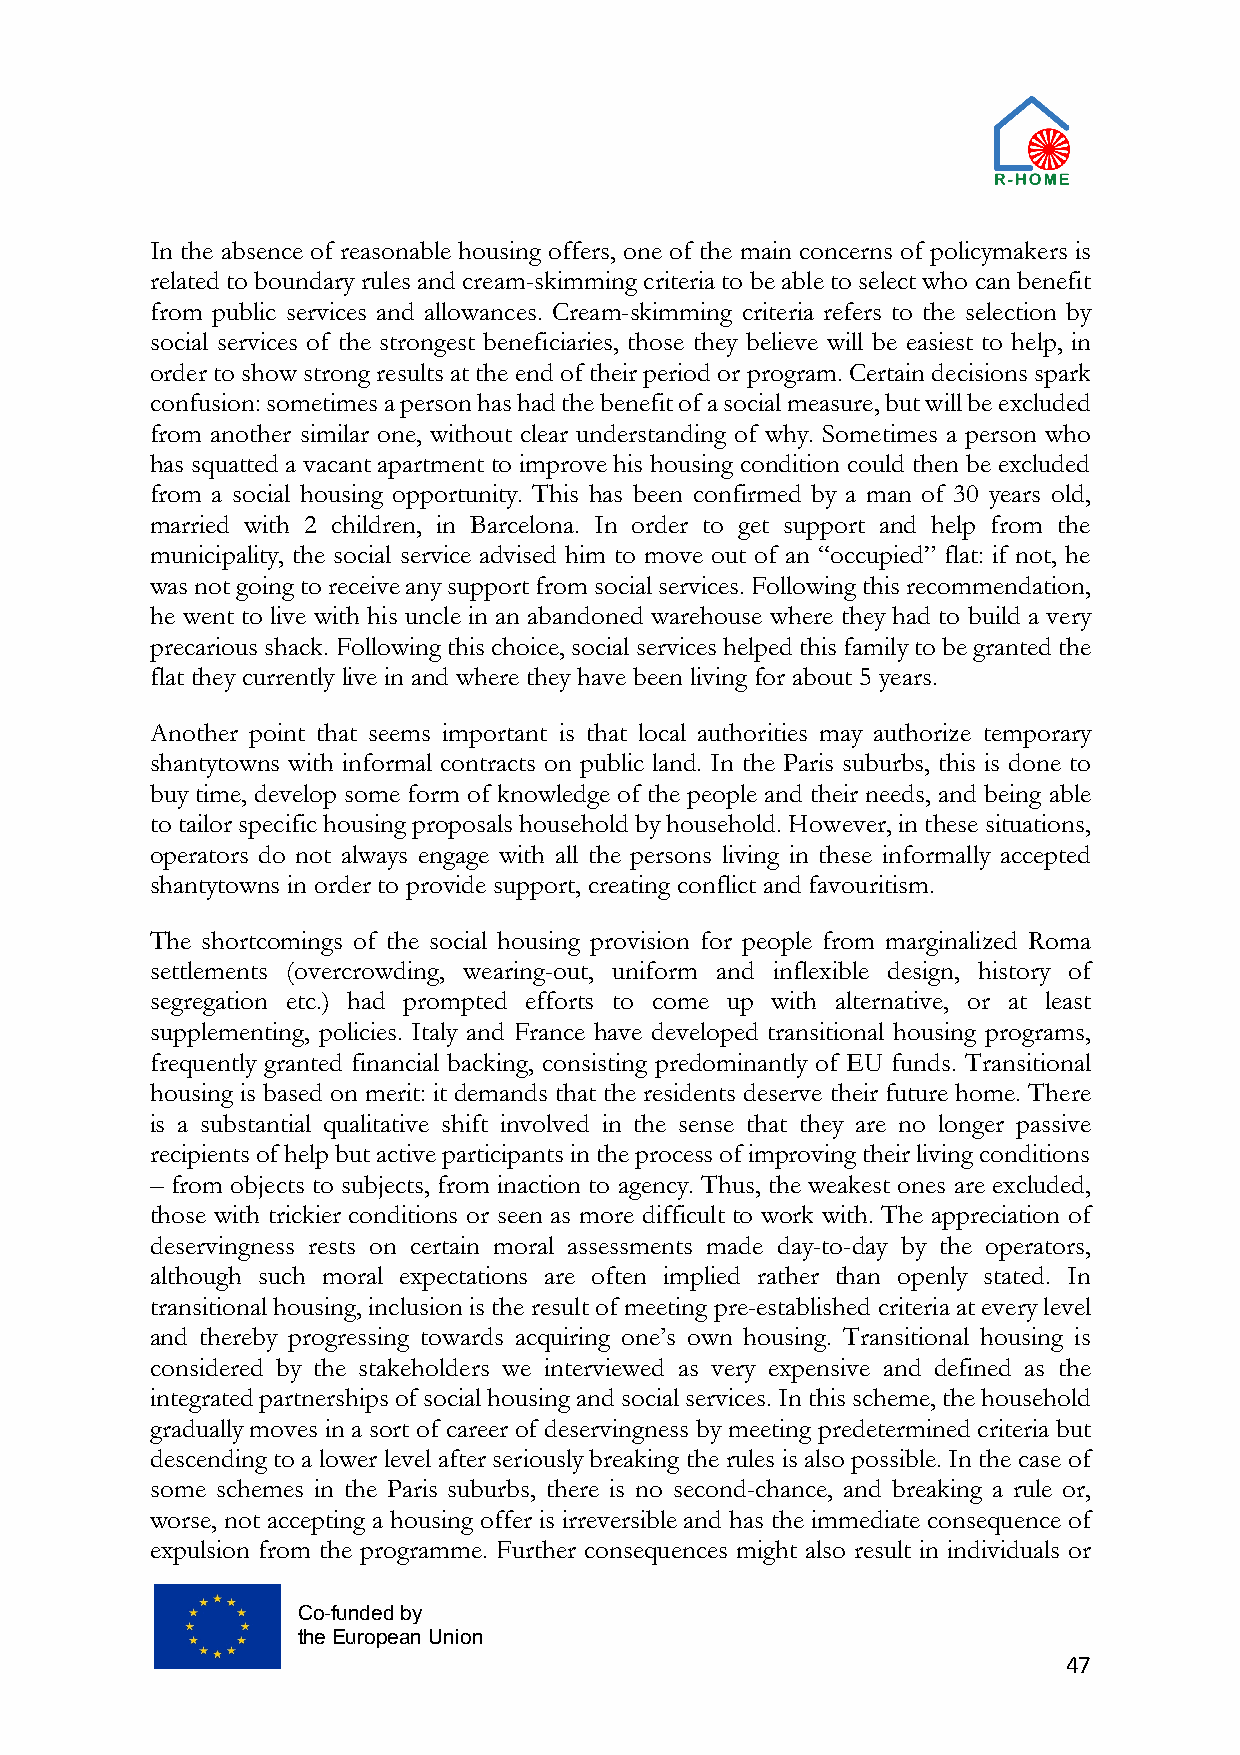
In the absence of reasonable housing offers, one of the main concerns of policymakers is
 related to boundary rules and cream-skimming criteria to be able to select who can benefit
 from public services and allowances. Cream-skimming criteria refers to the selection by
 social services of the strongest beneficiaries, those they believe will be easiest to help, in
 order to show strong results at the end of their period or program. Certain decisions spark
 confusion: sometimes a person has had the benefit of a social measure, but will be excluded
 from another similar one, without clear understanding of why. Sometimes a person who
 has squatted a vacant apartment to improve his housing condition could then be excluded
 from a social housing opportunity. This has been confirmed by a man of 30 years old,
 married with 2 children, in Barcelona. In order to get support and help from the
 municipality, the social service advised him to move out of an “occupied” flat: if not, he
 was not going to receive any support from social services. Following this recommendation,
 he went to live with his uncle in an abandoned warehouse where they had to build a very
 precarious shack. Following this choice, social services helped this family to be granted the
 flat they currently live in and where they have been living for about 5 years.
 Another point that seems important is that local authorities may authorize temporary
 shantytowns with informal contracts on public land. In the Paris suburbs, this is done to
 buy time, develop some form of knowledge of the people and their needs, and being able
 to tailor specific housing proposals household by household. However, in these situations,
 operators do not always engage with all the persons living in these informally accepted
 shantytowns in order to provide support, creating conflict and favouritism.
 The shortcomings of the social housing provision for people from marginalized Roma
 settlements (overcrowding, wearing-out, uniform and inflexible design, history of
 segregation etc.) had prompted efforts to come up with alternative, or at least
 supplementing, policies. Italy and France have developed transitional housing programs,
 frequently granted financial backing, consisting predominantly of EU funds. Transitional
 housing is based on merit: it demands that the residents deserve their future home. There
 is a substantial qualitative shift involved in the sense that they are no longer passive
 recipients of help but active participants in the process of improving their living conditions
 – from objects to subjects, from inaction to agency. Thus, the weakest ones are excluded,
 those with trickier conditions or seen as more difficult to work with. The appreciation of
 deservingness rests on certain moral assessments made day-to-day by the operators,
 although such moral expectations are often implied rather than openly stated. In
 transitional housing, inclusion is the result of meeting pre-established criteria at every level
 and thereby progressing towards acquiring one’s own housing. Transitional housing is
 considered by the stakeholders we interviewed as very expensive and defined as the
 integrated partnerships of social housing and social services. In this scheme, the household
 gradually moves in a sort of career of deservingness by meeting predetermined criteria but
 descending to a lower level after seriously breaking the rules is also possible. In the case of
 some schemes in the Paris suburbs, there is no second-chance, and breaking a rule or,
 worse, not accepting a housing offer is irreversible and has the immediate consequence of
 expulsion from the programme. Further consequences might also result in individuals or
 Co-funded by
 the European Union
 47